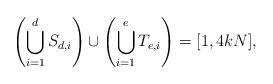
LaTeX: \begin{align*}\left(\bigcup_{i=1}^{d} S_{d,i}\right) \cup \left( \bigcup_{i=1}^{e} T_{e,i} \right)=[1,4kN],\end{align*}